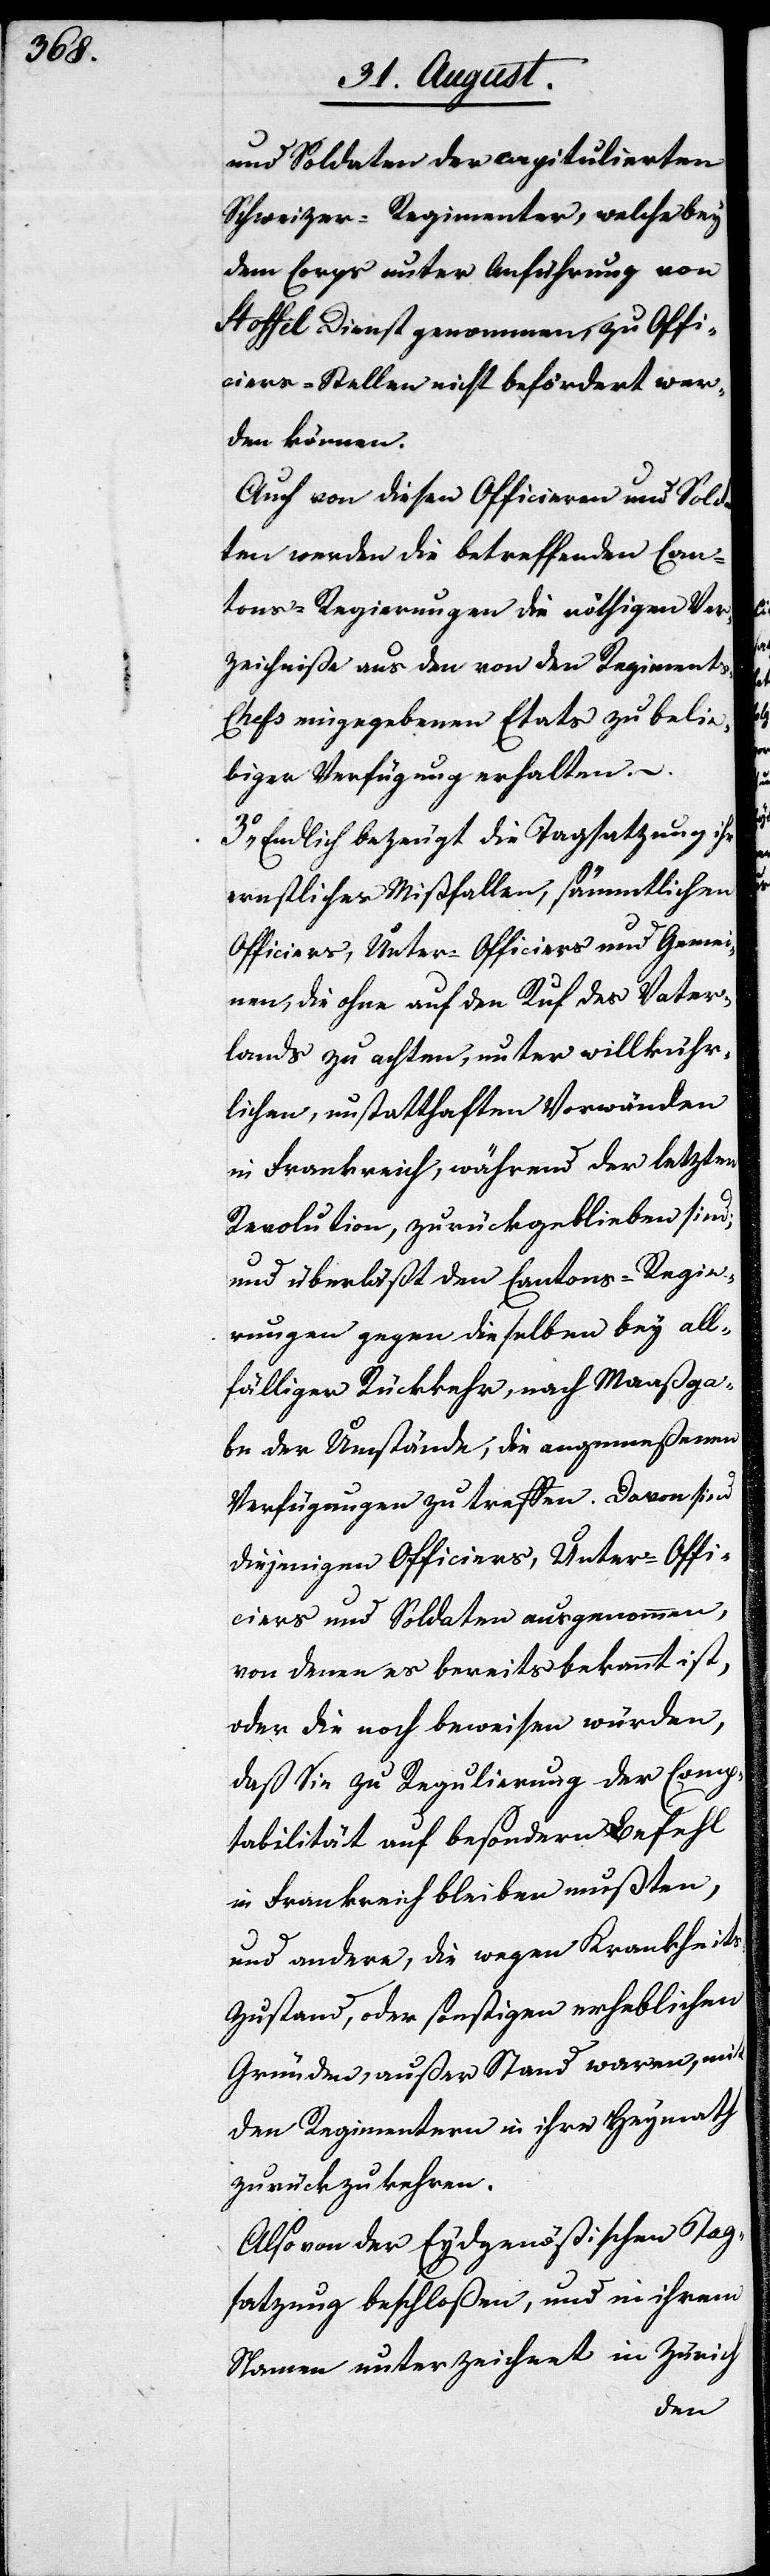
und Soldaten der capitulierten
Schweizer-Regimenter, welche bey
dem Corps unter Anführung von
Stoffel Dienst genommen, zu Offi¬
ciers-Stellen nicht befördert wer¬
den können.
Auch von diesen Officieren und Solda¬
ten werden die betreffenden Can¬
tons-Regierungen die nöthigen Ver¬
zeichniße aus den von den Regiment¬
s-Chefs eingegebenen Etats zu belie¬
biger Verfügung erhalten.
Endlich bezeugt die Tagsatzung ihr
wesentliches Mißfallen, sämmtlichen
Officiers, Unter-Officiers und Gemei¬
nen, die ohne auf den Ruf des Vater¬
lands zu achten, unter willkür¬
lichen, unstatthaften Vorwänden
in Frankreich, während der letzten
Revolution, zurückgeblieben sind,
und überläßt den Cantons-Regie¬
rungen gegen dieselben bey all¬
fälliger Rückkehr, nach Maaßga¬
be der Umstände, die angemeßenen
Verfügungen zu treffen. Davon sind
diejenigen Officiers, Unter-Offi¬
ciers und Soldaten ausgenommen,
von denen es bereits bekannt ist,
oder die noch beweisen würden,
daß Sie zu Regulierung der Comp¬
tabilität auf besondern Befehl
in Frankreich bleiben mußten,
und andere, die wegen Krankheit¬
s-Zustand, oder sonstigen erheblichen
Gründen, außer Stand waren, mit
den Regimentern in ihre Heymath
zurückzukehren.
Also von der Eydgenößischen Tag¬
satzung beschloßen, und in ihrem
Namen unterzeichnet in Zürich